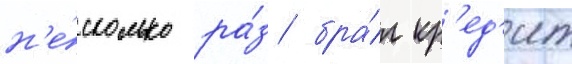
н'е́сколько ра́з бра́л кр'ед'ит